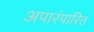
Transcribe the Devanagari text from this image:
अपारंपारित